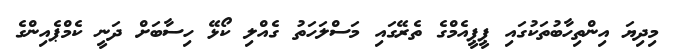
މިދިޔަ އިންތިހާބުތަކުގައި ޕީޕީއެމްގެ ތެރޭގައި މަސްލަހަތު ގެއްލި ކޯޅޭ ހިސާބަށް ދަނީ ކެމްޕެއިންގެ